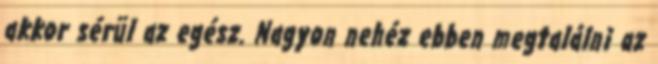
akkor sérül az egész. Nagyon nehéz ebben megtalálni az